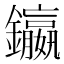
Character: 𨯤